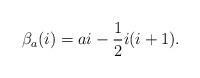
LaTeX: \begin{align*} \beta_{a}(i) =ai - \frac12 {i(i+1)}.\end{align*}